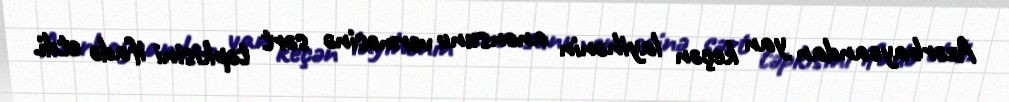
Azərbaycandan yan keçən layihənin anonsunu verməsinə sərt təpkisini ifadə etdi.